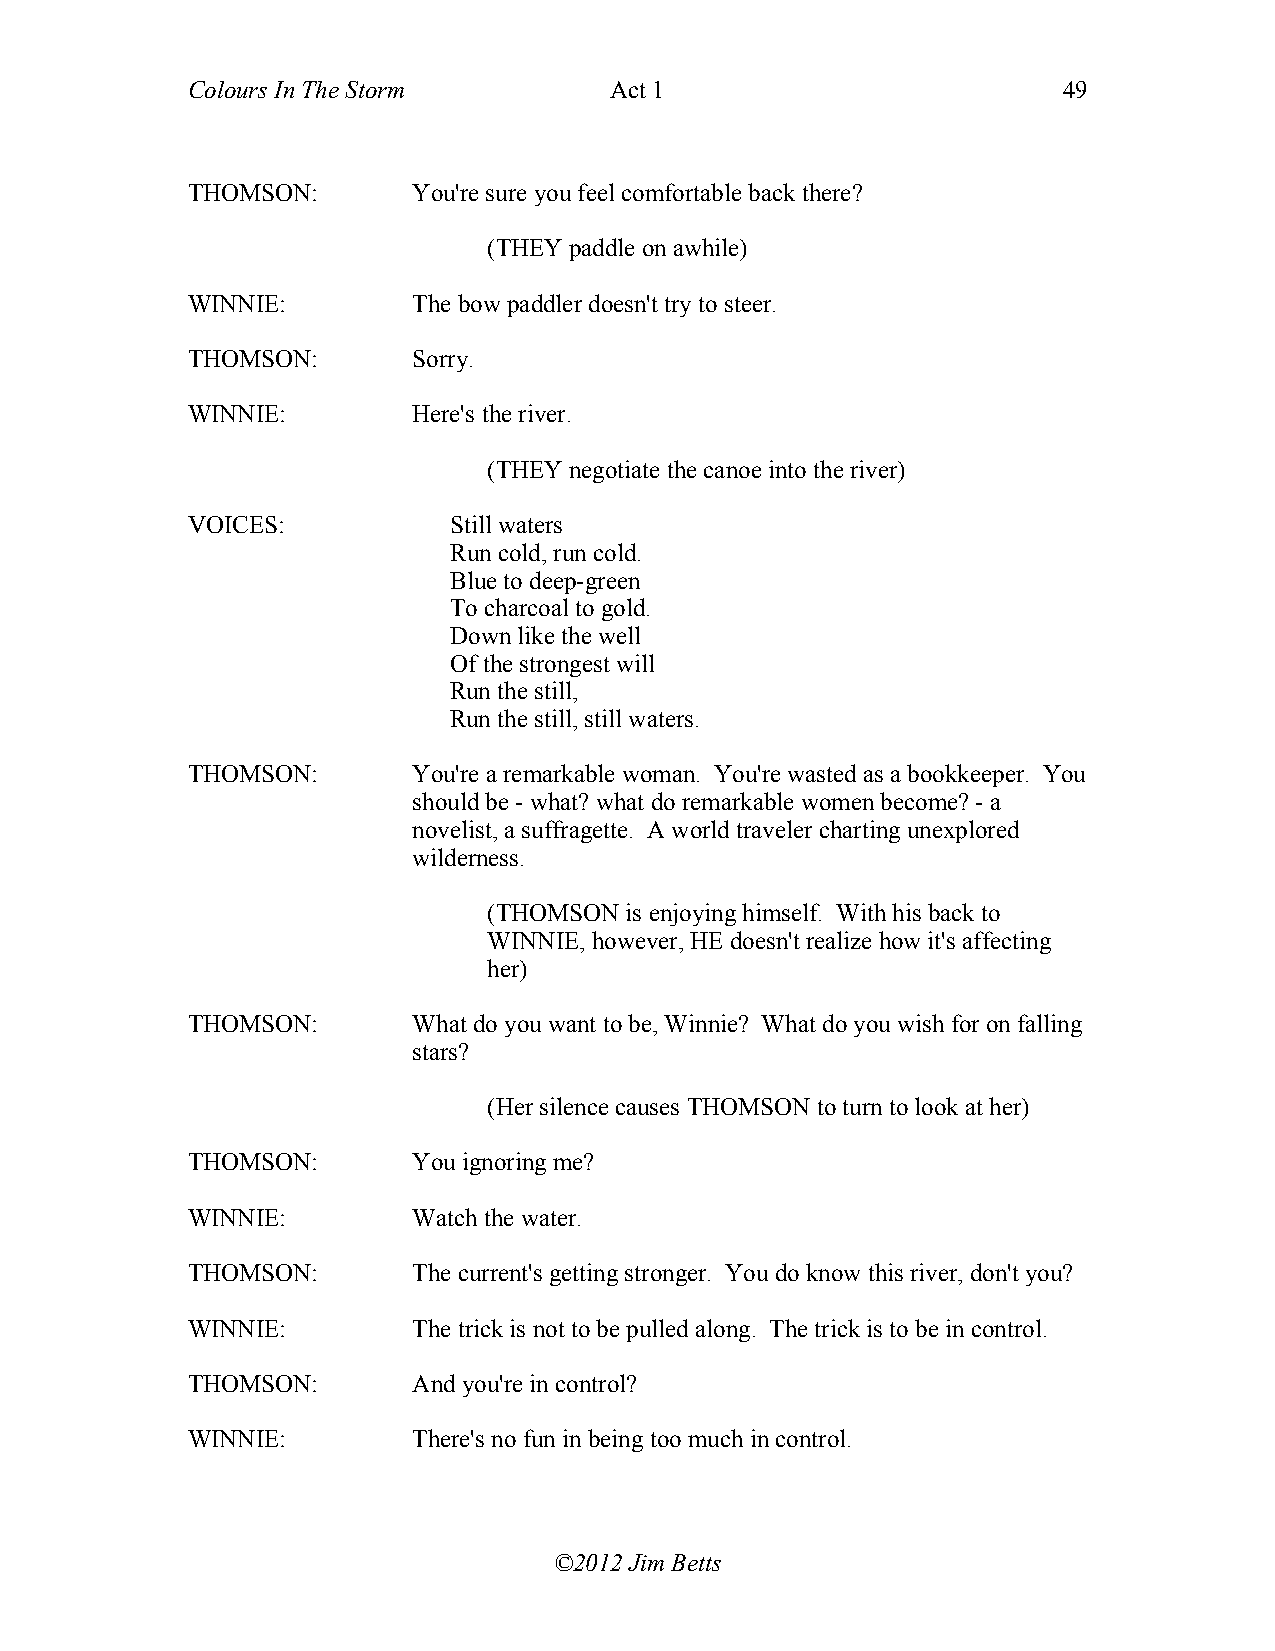
Colours In The Storm        Act 1                         49
 THOMSON:       You're sure you feel comfortable back there?
 (THEY paddle on awhile)
 WINNIE:        The bow paddler doesn't try to steer.
 THOMSON:       Sorry.
 WINNIE:        Here's the river.
 (THEY negotiate the canoe into the river)
 VOICES:           Still waters
 Run cold, run cold.
 Blue to deep-green
 To charcoal to gold.
 Down like the well
 Of the strongest will
 Run the still,
 Run the still, still waters.
 THOMSON:       You're a remarkable woman. You're wasted as a bookkeeper. You
 should be - what? what do remarkable women become? - a
 novelist, a suffragette. A world traveler charting unexplored
 wilderness.
 (THOMSON is enjoying himself. With his back to
 WINNIE, however, HE doesn't realize how it's affecting
 her)
 THOMSON:       What do you want to be, Winnie? What do you wish for on falling
 stars?
 (Her silence causes THOMSON to turn to look at her)
 THOMSON:       You ignoring me?
 WINNIE:        Watch the water.
 THOMSON:       The current's getting stronger. You do know this river, don't you?
 WINNIE:        The trick is not to be pulled along. The trick is to be in control.
 THOMSON:       And you're in control?
 WINNIE:        There's no fun in being too much in control.
 ©2012 Jim Betts